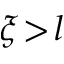
\xi \! > \! l